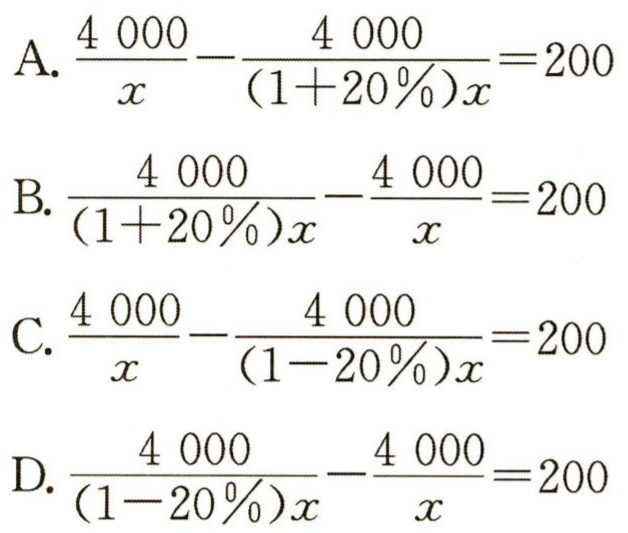
A. \(\frac{4000}{x}-\frac{4000}{(1 + 20\%)x}=200\)

B. \(\frac{4000}{(1 + 20\%)x}-\frac{4000}{x}=200\)

C. \(\frac{4000}{x}-\frac{4000}{(1 - 20\%)x}=200\)

D. \(\frac{4000}{(1 - 20\%)x}-\frac{4000}{x}=200\)